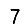
Digit: 7